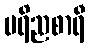
ပရိညစာရီ